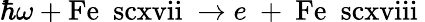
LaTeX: \hbar\omega+\mathrm{Fe~\ scxvii}\ \rightarrow e~+~\mathrm{Fe~\ scxviii}\